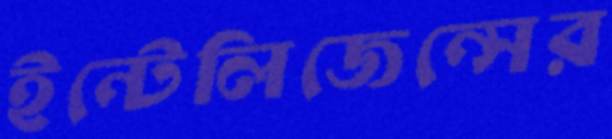
ইন্টেলিজেন্সের